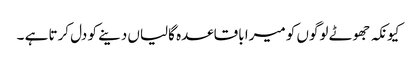
کیونکہ جھوٹے لوگوں کو میرا باقاعدہ گالیاں دینے کو دل کرتا ہے ۔